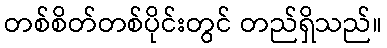
တစ်စိတ်တစ်ပိုင်းတွင် တည်ရှိသည်။